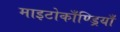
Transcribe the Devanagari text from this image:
माइटोकाँण्ड्रियाँ